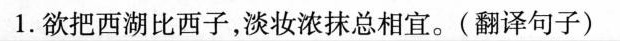
1.欲把西湖比西子，淡妆浓抹总相宜。(翻译句子)